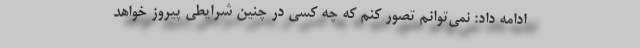
ادامه داد: نمی‌توانم تصور کنم که چه کسی در چنین شرایطی پیروز خواهد